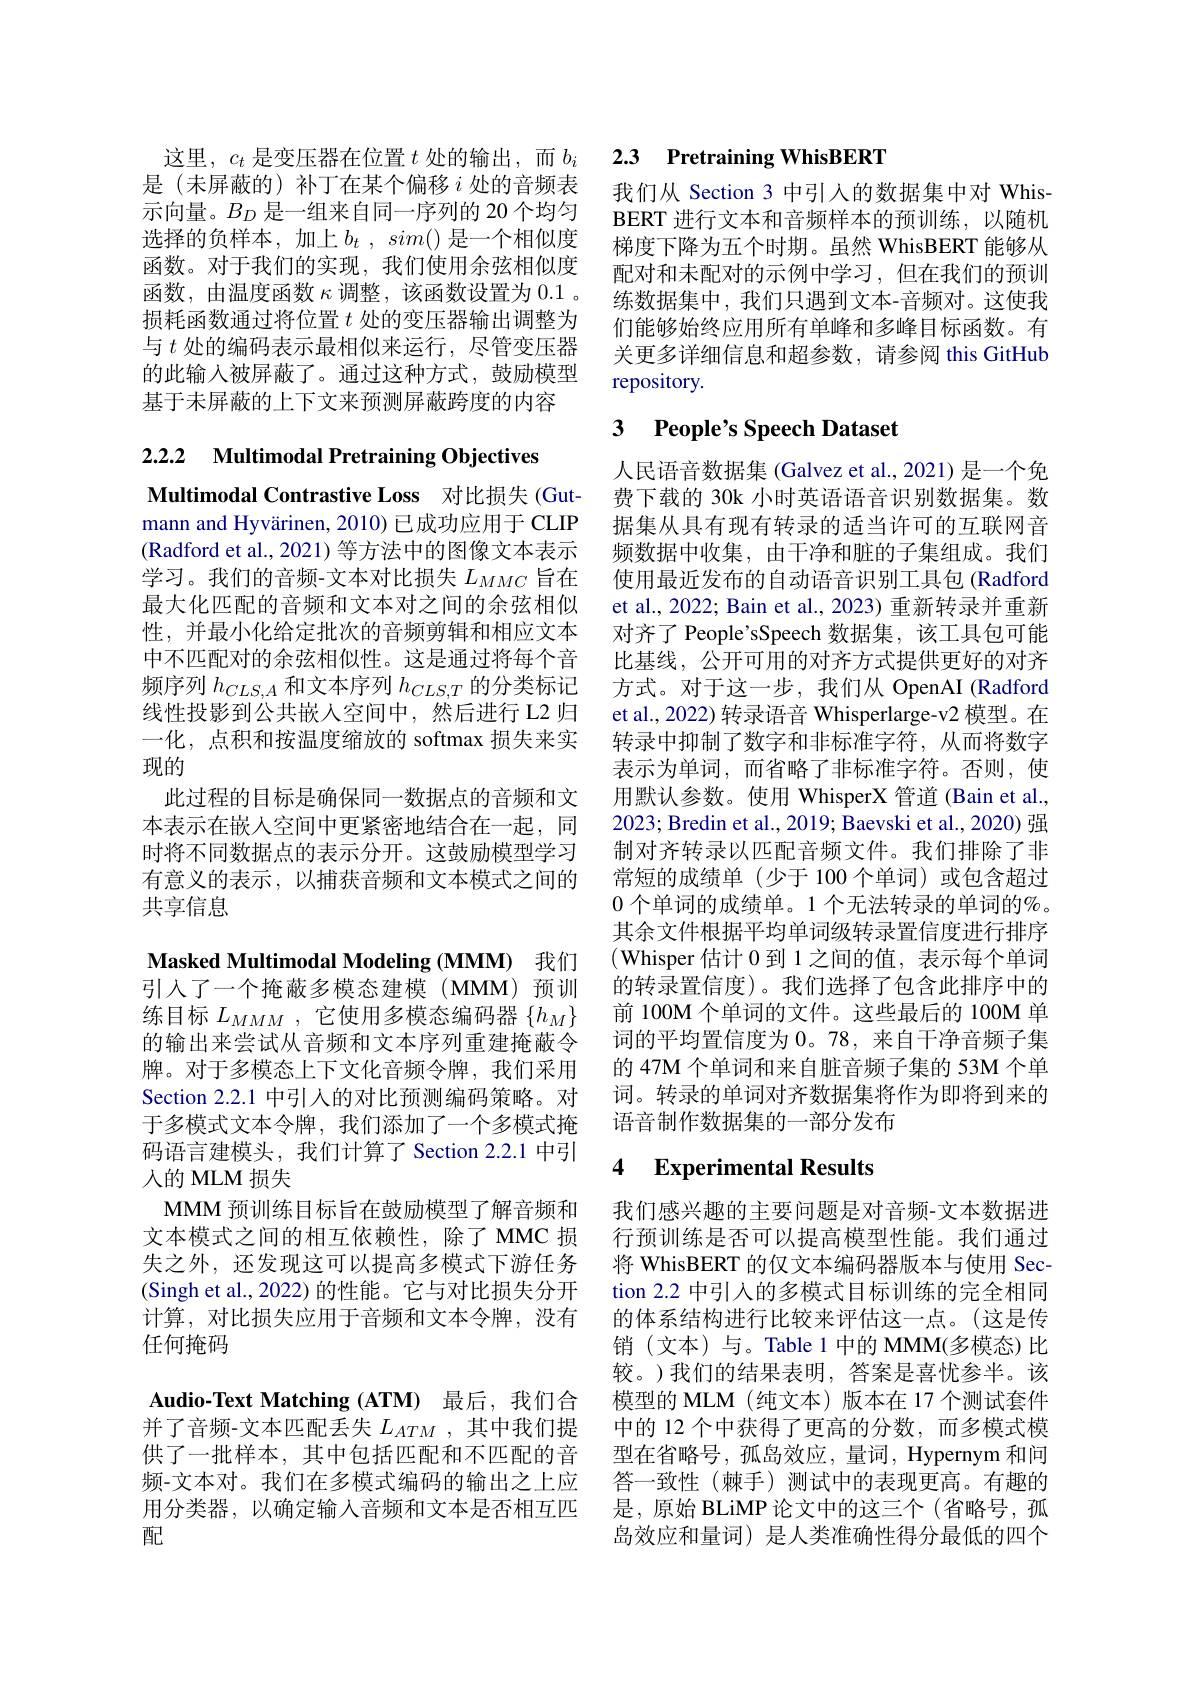
是(未屏蔽的)补丁在某个偏移$i$处的音频表示向量。$B_D$是一组来自同一序列的 20 个均匀选择的负样本，加上$b_t,sim($)是一个相似度函数。对于我们的实现，我们使用余弦相似度函数，由温度函数$\kappa$调整，该函数设置为0.1 。损耗函数通过将位置$t$处的变压器输出调整为与$t$处的编码表示最相似来运行，尽管变压器的此输入被屏蔽了。通过这种方式，鼓励模型基于未屏蔽的上下文来预测屏蔽跨度的内容

2.2.2 Multimodal Pretraining Objectives

Multimodal Contrastive Loss 对比损失 (Gutmann and Hyvärinen, 2010) 已成功应用于 CLIP (Radford et al., 2021) 等方法中的图像文本表示学习。我们的音频-文本对比损失$L_{MMC}$旨在最大化匹配的音频和文本对之间的余弦相似性，并最小化给定批次的音频剪辑和相应文本中不匹配对的余弦相似性。这是通过将每个音频序列$h_{CLS,A}$和文本序列$h_CLS,T$的分类标记线性投影到公共嵌人空间中，然后进行 L2 归一化，点积和按温度缩放的 softmax 损失来实现的
此过程的目标是确保同一数据点的音频和文本表示在嵌人空间中更紧密地结合在一起，同时将不同数据点的表示分开。这鼓励模型学习有意义的表示，以捕获音频和文本模式之间的共享信息

Masked Multimodal Modeling (MMM) 我们引入了一个掩蔽多模态建模(MMM)预训练目标$L_MMM$ ,它使用多模态编码器$\{h_M\}$ 的输出来尝试从音频和文本序列重建掩蔽令牌。对于多模态上下文化音频令牌，我们采用Section 2.2.1中引人的对比预测编码策略。对于多模式文本令牌，我们添加了一个多模式掩码语言建模头，我们计算了 Section 2.2.1 中引人的 MLM 损失
MMM 预训练目标旨在鼓励模型了解音频和文本模式之间的相互依赖性，除了 MMC 损失之外，还发现这可以提高多模式下游任务(Singh et al., 2022) 的性能。它与对比损失分开计算，对比损失应用于音频和文本令牌，没有任何掩码

Audio-Text Matching (ATM) 最后，我们合并了音频-文本匹配丢失$L_{ATM}$ ,其中我们提频-文本对。我们在多模式编码的输出之上应用分类器，以确定输入音频和文本是否相互匹配

# 这里，$c_t$是变压器在位置$t$处的输出，而$b_i$ 2.3 $\textbf{Pretraining WhisBERT}$

我们从 Section 3 中引入的数据集中对 WhisBERT 进行文本和音频样本的预训练，以随机梯度下降为五个时期。虽然 WhisBERT 能够从配对和未配对的示例中学习，但在我们的预训练数据集中，我们只遇到文本-音频对。这使我们能够始终应用所有单峰和多峰目标函数。有关更多详细信息和超参数，请参阅 this GitHub repository.

### 3 $\textbf{People' s Speech Dataset}$

人民语音数据集 (Galvez et al., 2021) 是一个免费下载的 30k 小时英语语音识别数据集。数据集从具有现有转录的适当许可的互联网音频数据中收集，由干净和脏的子集组成。我们使用最近发布的自动语音识别工具包(Radford et al., 2022; Bain et al., 2023) 重新转录并重新对齐了 People'sSpeech 数据集，该工具包可能比基线，公开可用的对齐方式提供更好的对齐方式。对于这一步，我们从 OpenAI (Radford et al., 2022) 转录语音 Whisperlarge-v2 模型。在转录中抑制了数字和非标准字符，从而将数字表示为单词，而省略了非标准字符。否则，使用默认参数。使用 WhisperX 管道 (Bain et al., 2023; Bredin et al., 2019; Baevski et al., 2020) 强制对齐转录以匹配音频文件。我们排除了非常短的成绩单(少于100个单词)或包含超过0 个单词的成绩单。1 个无法转录的单词的$\%$。其余文件根据平均单词级转录置信度进行排序(Whisper 估计 0 到 1 之间的值，表示每个单词的转录置信度)。我们选择了包含此排序中的前 100M 个单词的文件。这些最后的 100M 单词的平均置信度为0。78,来自干净音频子集的 47M 个单词和来自脏音频子集的 53M 个单词。转录的单词对齐数据集将作为即将到来的语音制作数据集的一部分发布

### 4 Experimental Results

我们感兴趣的主要问题是对音频-文本数据进行预训练是否可以提高模型性能。我们通过将 WhisBERT 的仅文本编码器版本与使用 Section 2.2 中引入的多模式目标训练的完全相同的体系结构进行比较来评估这一点。(这是传销(文本)与。Table 1 中的 MMM(多模态)比较。)我们的结果表明，答案是喜忧参半。该模型的 MLM (纯文本)版本在 17 个测试套件中的 12 个中获得了更高的分数，而多模式模
供了一批样本，其中包括匹配和不匹配的音 型在省略号，孤岛效应，量词，Hypernym 和问
答一致性(棘手)测试中的表现更高。有趣的是，原始 BLiMP 论文中的这三个(省略号，孤岛效应和量词) 是人类准确性得分最低的四个